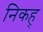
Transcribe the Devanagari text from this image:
निकह्